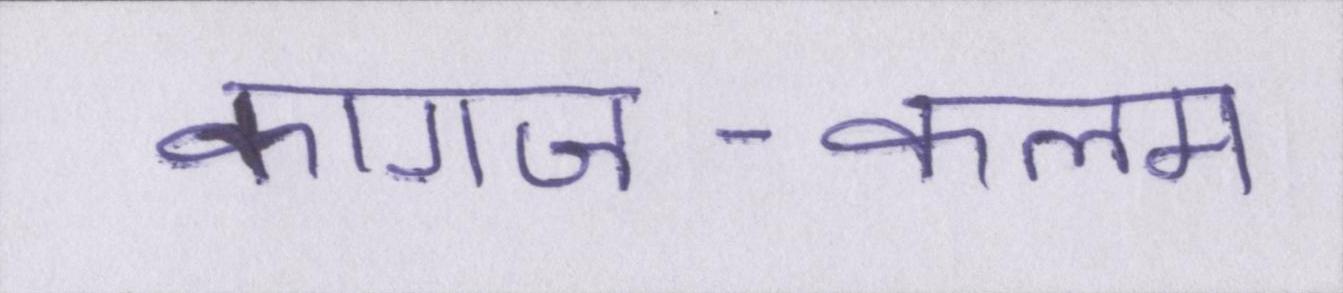
कागज-कलम